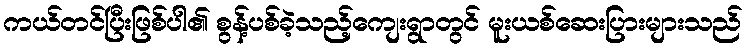
ကယ်တင်ပြီးဖြစ်ပါ၏ စွန့်ပစ်ခဲ့သည့်ကျေးရွာတွင် မူးယစ်ဆေးပြားများသည်